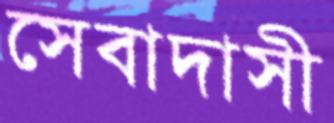
সেবাদাসী